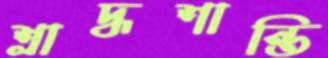
শ্রাদ্ধশান্তি